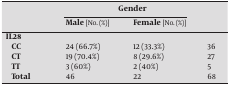
|  | <COLSPAN=2> Gender | <ROWSPAN=2>  |
 |  | Male [No. (%)] | Female [No. (%)] |
 | --- | --- | --- | --- |
 | IL28 |  |  |  |
 | CC | 24 (66.7%) | 12 (33.3%) | 36 |
 | CT | 19 (70.4%) | 8 (29.6%) | 27 |
 | TT | 3 (60%) | 2 (40%) | 5 |
 | Total | 46 | 22 | 68 |